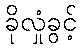
ခိုလှုံခွင့်